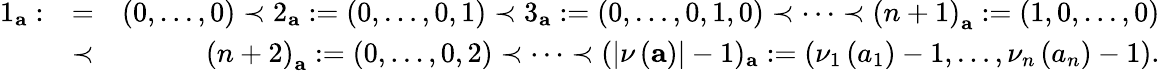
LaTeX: \begin{array}{rlr}{1_{\mathbf{a}}:}&{=}&{\left(0,\dots,0\right)\prec 2_{\mathbf{a}}:=\left(0,\dots,0,1\right)\prec 3_{\mathbf{a}}:=\left(0,\dots,0,1,0\right)\prec\dots\prec\left(n+1\right)_{\mathbf{a}}:=\left(1,0,\dots,0\right)}\\ &{\prec}&{\left(n+2\right)_{\mathbf{a}}:=\left(0,\dots,0,2\right)\prec\dots\prec({\left\vert\nu\left(\mathbf{a}\right)\right\vert-1})_{\mathbf{a}}:=\left(\nu_{1}\left(a_{1}\right)-1,\dots,\nu_{n}\left(a_{n}\right)-1\right).}\end{array}